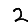
Digit: 2